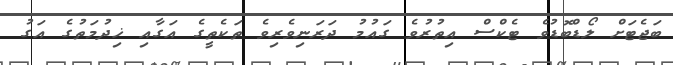
ބަޖެޓަށް ލޯޑްބޮޑުވެ ޓެކްސް އިތުރުވެ ގައުމު ދަރަނިވެރިވެ ތަކެތީގެ އަގާއި ޚިދުމަތުގެ އަގު